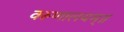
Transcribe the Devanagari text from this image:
वरूणालयम्॥